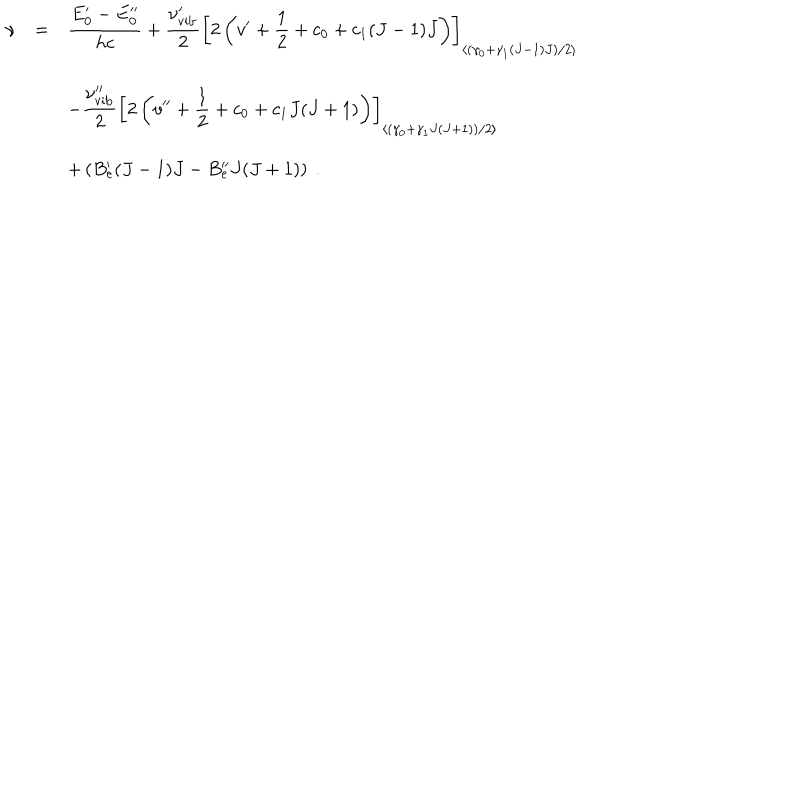
\begin{array} { r c l } { { \nu } } & { { = } } & { { \displaystyle \frac { E _ { 0 } ^ { \prime } - E _ { 0 } ^ { \prime \prime } } { h c } + \displaystyle \frac { \nu _ { \mathrm { v i b } } ^ { \prime } } { 2 } \left[ 2 \left( v ^ { \prime } + { \frac { 1 } { 2 } } + c _ { 0 } + c _ { 1 } ( J - 1 ) J \right) \right] _ { \left< \left( \gamma _ { 0 } + \gamma _ { 1 } ( J - 1 ) J \right) / 2 \right> } } } \\ { { } } & { { } } & { { - \displaystyle \frac { \nu _ { \mathrm { v i b } } ^ { \prime \prime } } { 2 } \left[ 2 \left( v ^ { \prime \prime } + { \frac { 1 } { 2 } } + c _ { 0 } + c _ { 1 } J ( J + 1 ) \right) \right] _ { \left< \left( \gamma _ { 0 } + \gamma _ { 1 } J ( J + 1 ) \right) / 2 \right> } } } \\ { { } } & { { } } & { { + \left( B _ { e } ^ { \prime } ( J - 1 ) J - B _ { e } ^ { \prime \prime } J ( J + 1 ) \right) ~ . } } \\ \end{array}